Annual statistical returns and brief notes on vaccination in Bengal - 1909-1929
Year: 1909
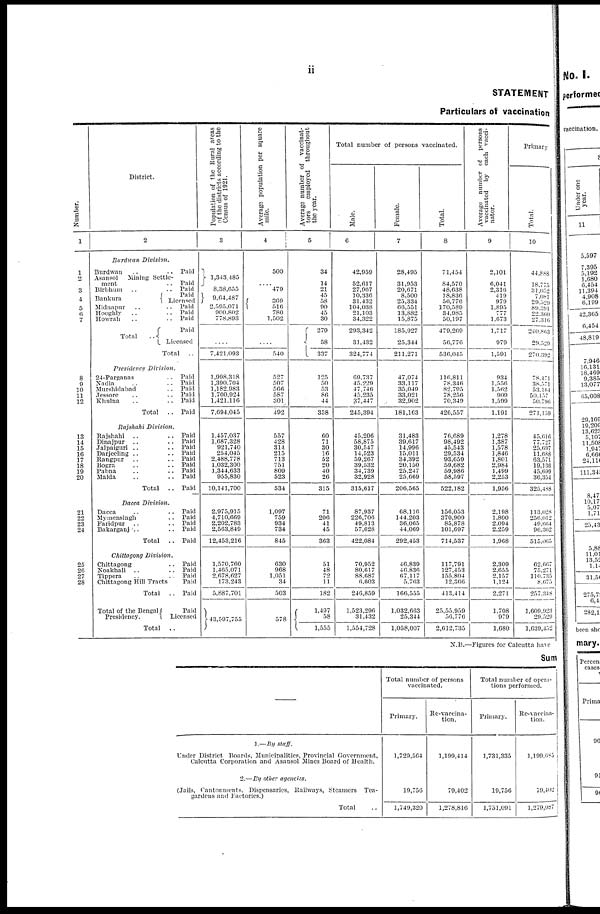
ii
STATEMENT
Particulars of vaccination
Number.
1
1
2
3
4
5
6
7
8
9
10
11
12
13
14
15
16
17
18
19
20
21
22
23
24
25
26
27
28
District.
2
Burdwan Division.
Burdwan .. ..
Asansol Mining Settle-
ment ..
Birbhum .. ..
Bankura
Midnapur ..
Hooghly .. ..
Howrah .. ..
Total
..
Paid
Paid
Paid
Paid
Licensed
Paid
Paid
Paid
Paid
Licensed
Total
..
Presidency Division.
24-Parganas ..
Nadia .. ..
Murshidabad ..
Jessore .. ..
Khulna .. ..
Total
..
Paid
Paid
Paid
Paid
Paid
Paid
Rajshahi Division.
Rajshahi .. ..
Dinajpur .. ..
Jalpaiguri .. ..
Darjeeling .. ..
Rangpur .. ..
Bogra .. ..
Pabna .. ..
Malda .. ..
Total
..
Paid
Paid
Paid
Paid
Paid
Paid
Paid
Paid
Paid
Dacca Division.
Dacca .. ..
Mymensingh .. ..
Faridpur .. ..
Bakarganj .. ..
Total
..
Paid
Paid
Paid
Paid
Paid
Chittagong Division.
Chittagong ..
Noakhali .. ..
Tippera .. ..
Chittagong Hill Tracts
Total
..
Total of the Bengal
Presidency.
Paid
Paid
Paid
Paid
Paid
Paid
Licensed
Total
..
Population of the Rural areas
of the districts according to the
Census of 1921.
3
1,343,485
8,38,655
9,64,487
2,595,071
900,802
778,893
....
....
7,421,093
1,998,318
1,390,704
1,182,983
1,700,924
1,421,116
7,694,045
1,457,037
1,687,328
921,740
254,045
2,488,778
1,032,300
1,344,633
955,830
10,141,700
2,975,915
4,710,669
2,202,783
2,563,849
12,453,216
1,570,760
1,465,071
2,678,627
173,243
5,887,701
43,597,755
Average population per square
mile.
4
500
479
369
516
780
1,502
....
....
540
527
507
566
587
301
492
557
428
314
215
713
751
809
523
534
1,097
759
934
734
845
630
968
1,051
34
503
578
Average number of vaccinat-
tors
employed throughout
the year.
5
34
14
21
45
58
90
45
30
279
58
337
125
50
53
86
44
358
60
71
30
16
52
20
40
26
315
71
206
41
45
363
51
48
72
11
182
1,497
58
1,555
Total number of persons vaccinated.
Male.
6
42,959
52,617
27,967
10,336
31,432
104,038
21,103
34,322
293,342
31,432
324,774
69,737
45,229
47,746
45,235
37,447
245,394
45,206
58,875
30,547
14,523
59,267
39,532
34,739
32,928
315,617
87,937
226,706
49,813
57,628
422,084
70,952
80,617
88,687
6,603
246,859
1,523,296
31,432
1,554,728
Female.
7
28,495
31,953
20,671
8,500
25,334
66,551
13,882
15,875
185,927
25,344
211,271
47,074
33,117
35,049
33,021
32,902
181,163
31,483
39,617
14,996
15,011
34,392
20,150
25,247
25,669
206,565
68,116
144,203
36,065
44,069
292,453
46,839
46,836
67,117
5,763
166,555
1,032,663
25,344
1,058,007
Total.
8
71,454
84,570
48,638
18,836
56,776
170,589
34,985
50,197
479,209
56,776
536,045
116,811
78,346
82,795
78,256
70,349
426,557
76,689
98,492
45,543
29,534
93,659
59,682
59,986
58,597
522,182
156,053
370,909
85,878
101,697
714,537
117,791
127,453
155,804
12,366
413,414
25,55,959
56,776
2,612,735
Average number of persons
vaccinated by each vacci-
nator.
9
2,101
6,041
2,316
419
979
1,895
777
1,673
1,717
979
1,591
934
1,556
1,562
909
1,599
1,191
1,278
1,387
1,578
1,846
1,801
2,984
1,499
2,253
1,956
2,198
1,800
2,094
2,259
1,968
2,309
2,655
2,157
1,124
2,271
1,708
979
1,680
Primary
Total.
10
44,888
18,775
31,052
7,081
29,529
89,391
22,360
27,316
240,863
29,529
270,392
78,471
38,571
53,164
50,157
50,796
271,159
45,616
77,727
25,697
11,688
63,571
19,136
45,699
36,354
325,488
113,028
256,012
49,664
96,362
515,065
62,667
75,271
110,735
8,675
257,348
1,609,923
29,529
1,639,452
N.B.—Figures for Calcutta have
Sum
—
1.—By staff.
Under District Boards, Municipalities, Provincial Government,
Calcutta Corporation and Asansol Mines Board of Health.
2.—By other agencirs.
(Jails, Cantonments. Dispensaries, Railways, Steamers Tea-
gardens and Factories.)
Total ..
Total number of persons
vaccinated.
Primary.
1,729,564
19,756
1,749,320
Re-vaccina-
tion.
1,199,414
79,402
1,278,816
Total number of opera-
tions performed.
Primary.
1,731,335
19,756
1,751,091
Re-vaccina-
tion.
1,199,685
79,402
1,279,087